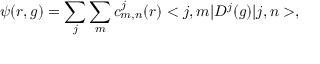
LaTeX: \psi ( r , g ) = \sum _ { j } \sum _ { m } c _ { m , n } ^ { j } ( r ) < j , m | D ^ { j } ( g ) | j , n > ,